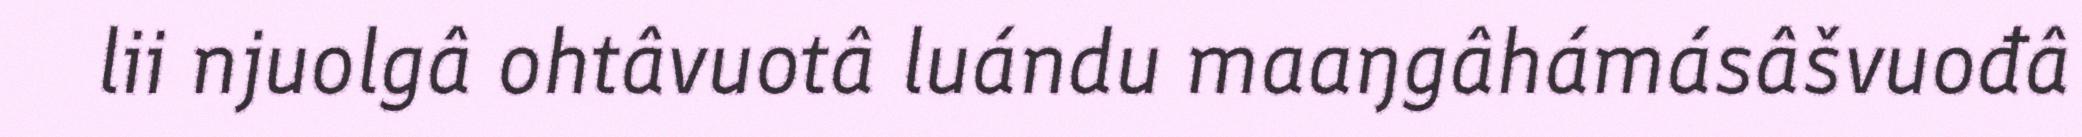
lii njuolgâ ohtâvuotâ luándu maaŋgâhámásâšvuođâ